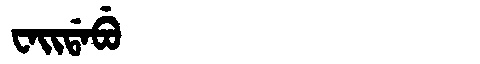
Manchu: ᠸᠠᡳᡩᠠᠪᡠ
Romanization: WAIDABU